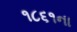
૧૮૬૧ના